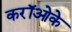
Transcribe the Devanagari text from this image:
करॉओके